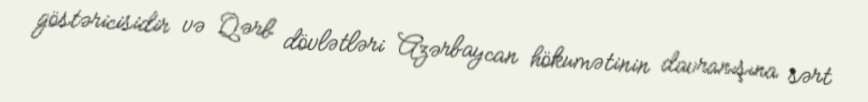
göstəricisidir və Qərb dövlətləri Azərbaycan hökumətinin davranışına sərt